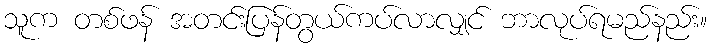
သူက တစ်ဖန် အတင်းပြန်တွယ်ကပ်လာလျှင် ဘာလုပ်ရမည်နည်း။